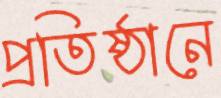
প্রতিষ্ঠানে